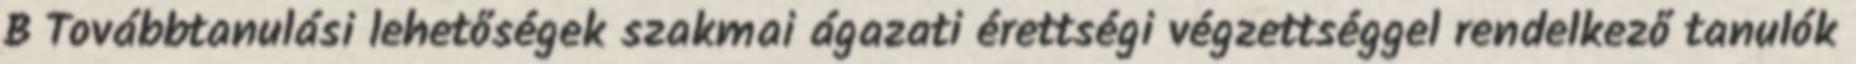
B Továbbtanulási lehetőségek szakmai ágazati érettségi végzettséggel rendelkező tanulók